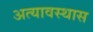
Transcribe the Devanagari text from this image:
अत्यावस्थास